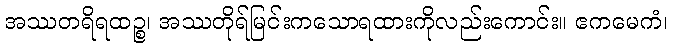
အဿတရိရထဉ္စ၊ အဿတိုရ်မြင်းကသောရထားကိုလည်းကောင်း။ ဧကမေကံ၊